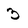
Character: 3